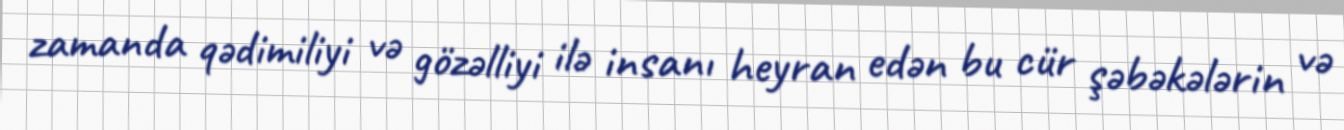
zamanda qədimiliyi və gözəlliyi ilə insanı heyran edən bu cür şəbəkələrin və